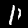
Digit: 1